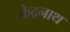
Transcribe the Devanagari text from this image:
केद्रनाथ